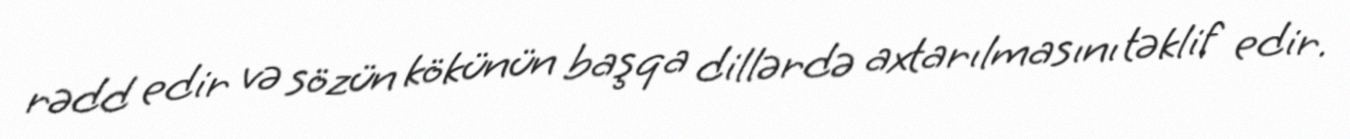
rədd edir və sözün kökünün başqa dillərdə axtarılmasını təklif edir.